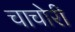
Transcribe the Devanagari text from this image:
चाचोरी